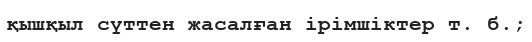
қышқыл сүттен жасалған ірімшіктер т. б.;